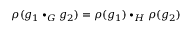
\rho ( g _ { 1 } \bullet _ { G } g _ { 2 } ) = \rho ( g _ { 1 } ) \bullet _ { H } \rho ( g _ { 2 } )